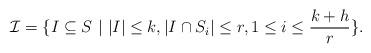
LaTeX: \begin{align*}\mathcal{I} = \{ I \subseteq S \ | \ |I| \leq k, |I \cap S_i| \leq r, 1 \leq i \leq \frac{k+h}{r}\}.\end{align*}